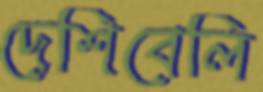
দেশিবেলি